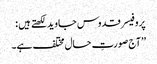
پروفیسر قدوس جاوید لکھتے ہیں :
’’آج صورتِ حال مختلف ہے۔